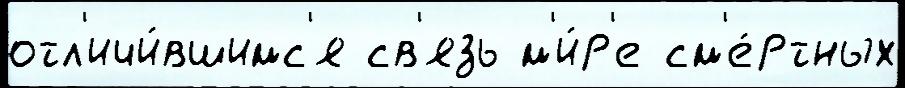
отл'ичи́вшимс'я св'язь м'и́р'е см'е́ртных